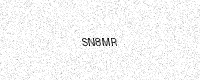
Text: SN8MR